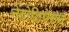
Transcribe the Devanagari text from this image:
नेगोशियेसन